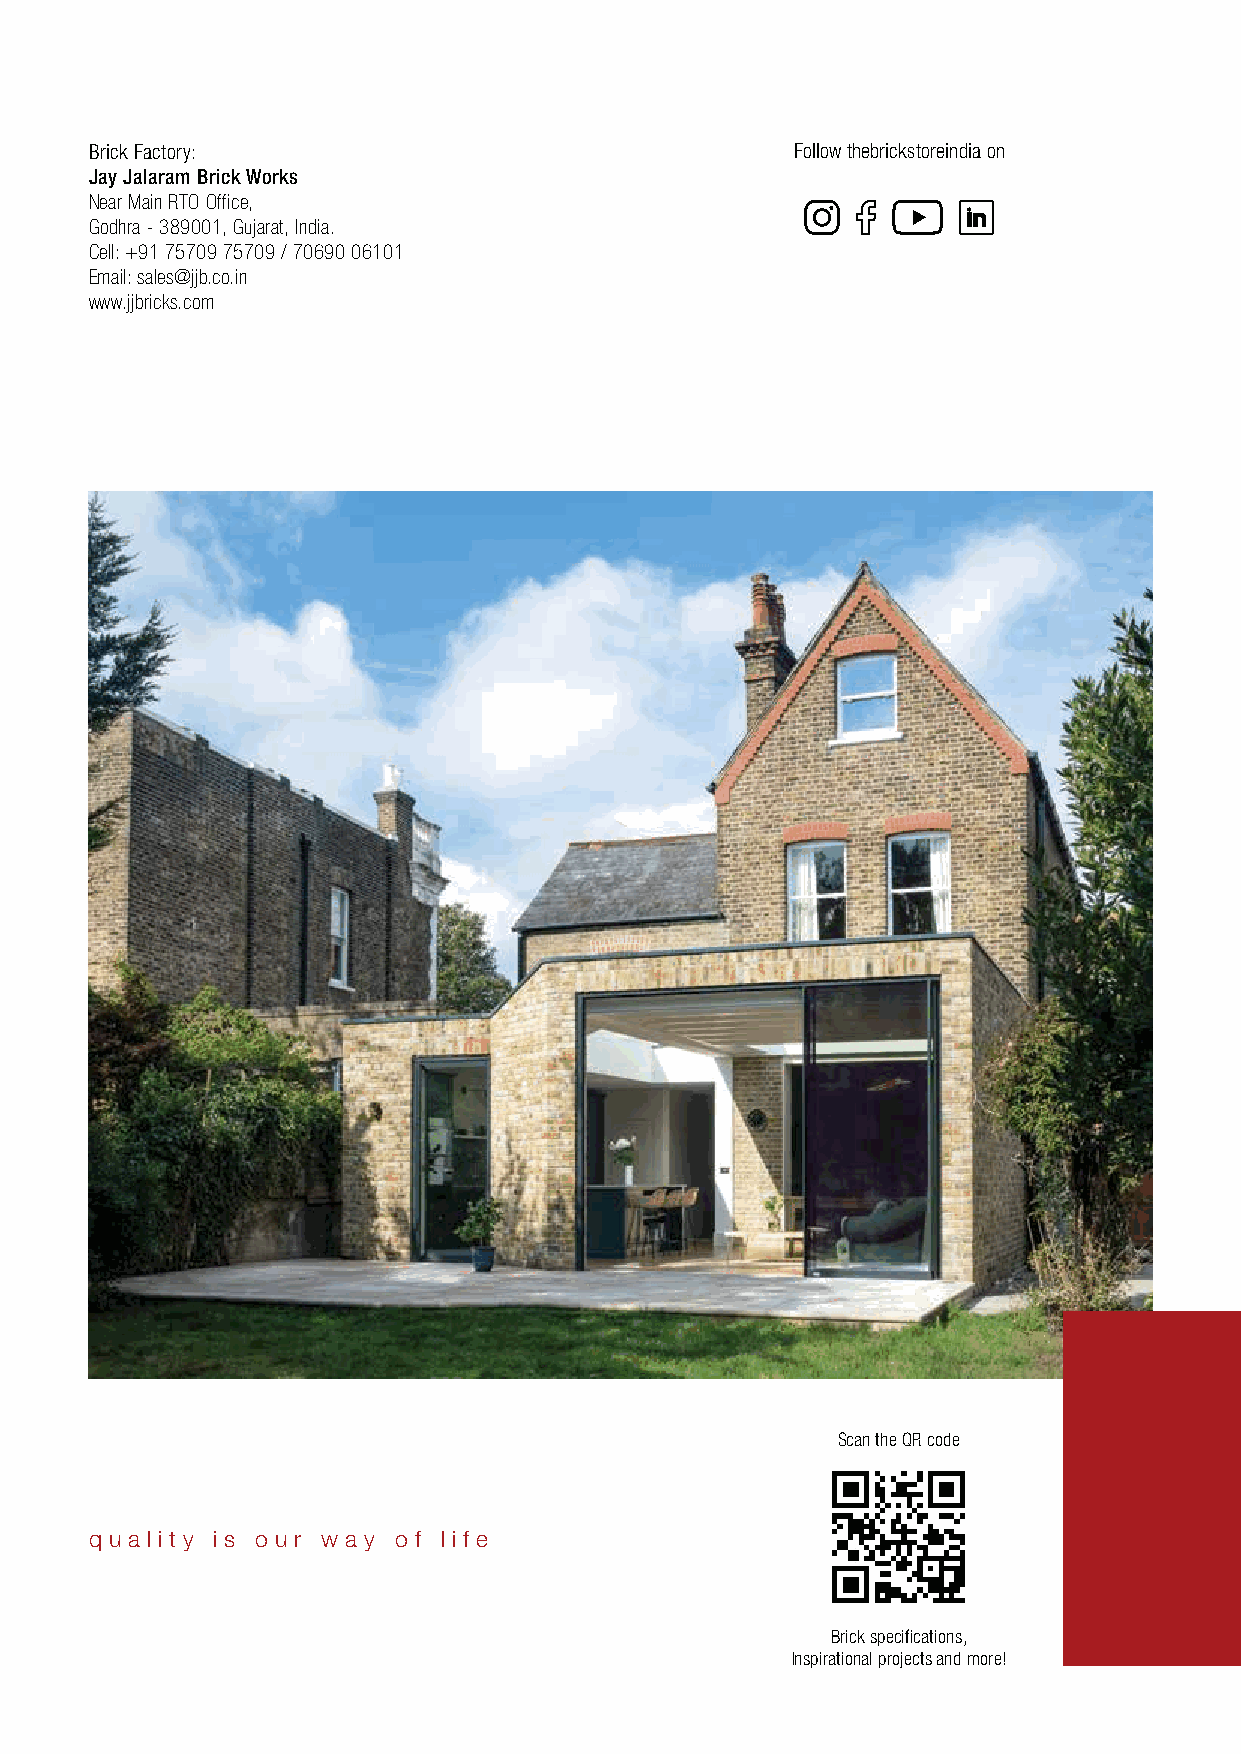
Brick Factory:                                 Follow thebrickstoreindia on
 Jay Jalaram Brick Works
 Near Main RTO Office,
 Godhra - 389001, Gujarat, India.
 Cell: +91 75709 75709 / 70690 06101
 Email: sales@jjb.co.in
 www.jjbricks.com
 Scan the QR code
 q u a l i t y i s o u r w a y o f l i f e
 Brick specifications,
 Inspirational projects and more!